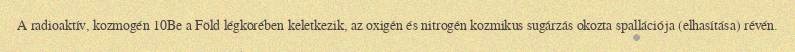
A radioaktív, kozmogén 10Be a Föld légkörében keletkezik, az oxigén és nitrogén kozmikus sugárzás okozta spallációja (elhasítása) révén.